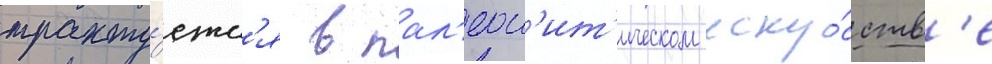
тракту́етс'я в пал'еол'ит'ическом иску́сств'е